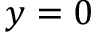
y = 0